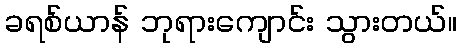
ခရစ်ယာန် ဘုရားကျောင်း သွားတယ်။